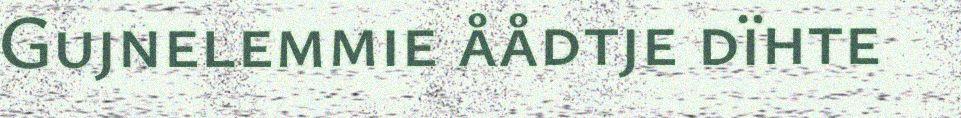
Gujnelemmie åådtje dïhte